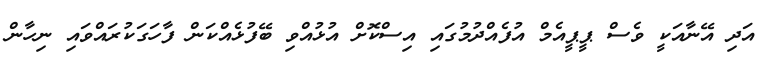
އަދި އޭނާއަކީ ވެސް ޕީޕީއެމް އުފެއްދުމުގައި އިސްކޮށް އުޅުއްވި ބޭފުޅެއްކަން ފާހަގަކުރައްވައި ނިހާން